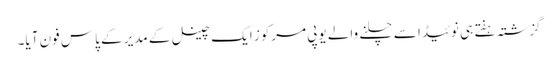
گزشتہ ہفتے ہی نوئیڈا سے چلنے والے یوپی مرکوز ایک چینل کے مدیر کے پاس فون آیا۔